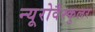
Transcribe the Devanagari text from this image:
न्यूरोवैस्कुलर